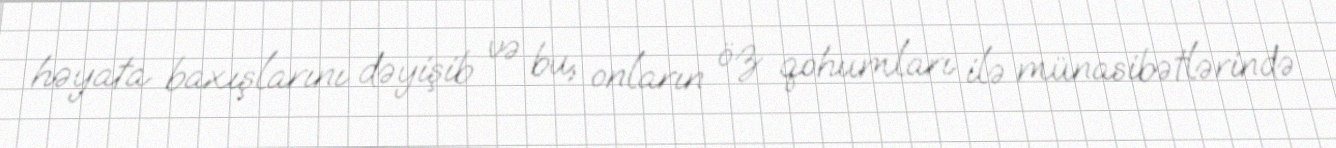
həyata baxışlarını dəyişib və bu, onların öz qohumları ilə münasibətlərində